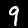
Digit: 9